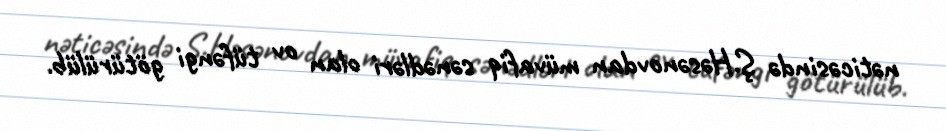
nəticəsində Ş.Həsənovdan müvafiq sənədləri olan ov tüfəngi götürülüb.